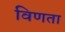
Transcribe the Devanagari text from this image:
विणता